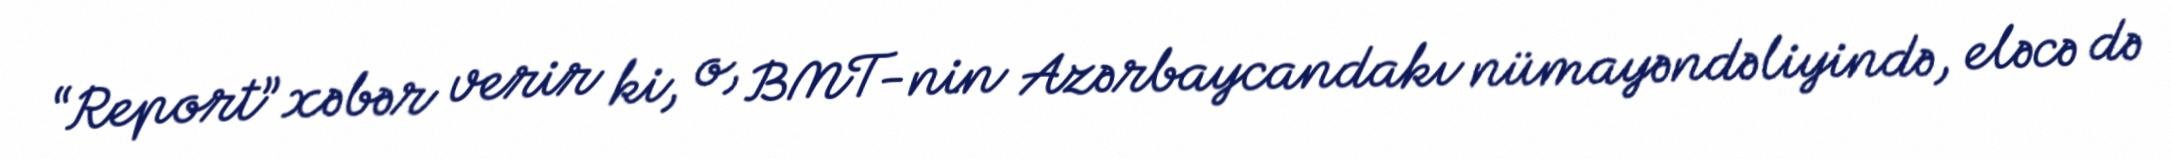
“Report” xəbər verir ki, o, BMT-nin Azərbaycandakı nümayəndəliyində, eləcə də